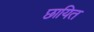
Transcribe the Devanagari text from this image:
छायित